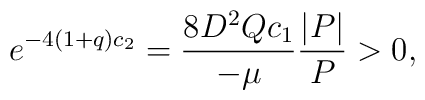
e^{-4(1+q)c_2} = \frac{8 D^2 Q c_1}{-\mu}\frac{|P|}{P} > 0,